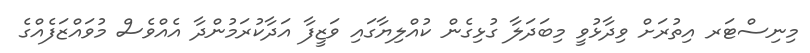
މިނިސްޓަރ އިތުރަށް ވިދާޅުވީ މިބަދަލާ ގުޅިގެން ކުއްލިޔާގައި ވަޒީފާ އަދާކުރަމުންދާ އެއްވެސް މުވައްޒަފެއްގެ